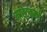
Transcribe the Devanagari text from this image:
मास्टकार्ड